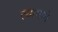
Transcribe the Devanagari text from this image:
त्यामागें